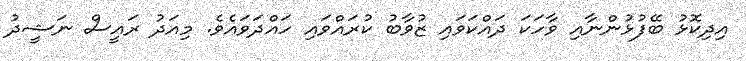
އިދިކޮޅު ބޭފުޅުންނާއި ވާހަކަ ދައްކަވައި ޒުވާބު ކުރައްވައި ހައްދަވައެވެ. މިއަދު ރައީސް ނަޝީދު